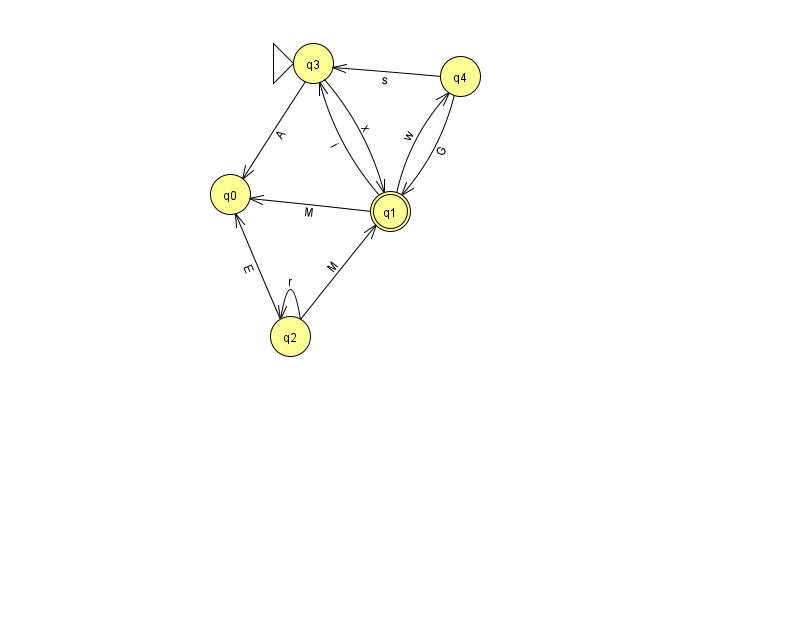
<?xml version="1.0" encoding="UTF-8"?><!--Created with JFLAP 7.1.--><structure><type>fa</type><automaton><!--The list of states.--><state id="0" name="q0"><x>230.0</x><y>181.0</y></state><state id="1" name="q1"><x>390.0</x><y>198.0</y><final/></state><state id="2" name="q2"><x>290.0</x><y>323.0</y></state><state id="3" name="q3"><x>313.0</x><y>50.0</y><initial/></state><state id="4" name="q4"><x>460.0</x><y>63.0</y></state><!--The list of transitions.--><transition><from>2</from><to>1</to><read>M</read></transition><transition><from>2</from><to>2</to><read>r</read></transition><transition><from>3</from><to>0</to><read>A</read></transition><transition><from>4</from><to>3</to><read>s</read></transition><transition><from>1</from><to>4</to><read>w</read></transition><transition><from>4</from><to>1</to><read>G</read></transition><transition><from>2</from><to>0</to><read>E</read></transition><transition><from>3</from><to>1</to><read>x</read></transition><transition><from>1</from><to>0</to><read>M</read></transition><transition><from>1</from><to>3</to><read>i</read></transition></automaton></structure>